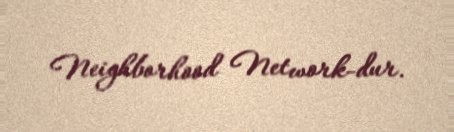
Neighborhood Network-dur.